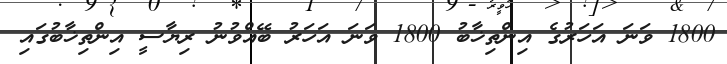
1800 ވަނަ އަހަރުގެ އިންތިޚާބު 1800 ވަނަ އަހަރު ބޭއްވުނު ރިޔާސީ އިންތިޚާބުގައި